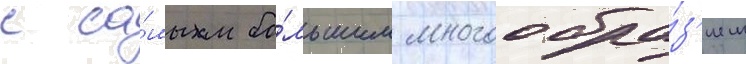
с са́мым бо́льшим многообра́з'ием